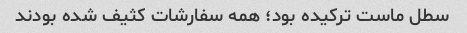
سطل ماست ترکیده بود؛ همه سفارشات کثیف شده بودند